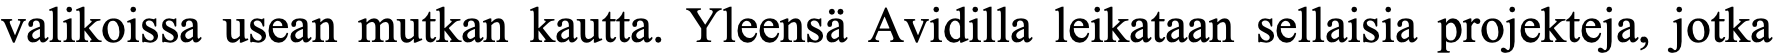
valikoissa usean mutkan kautta. Yleensä Avidilla leikataan sellaisia projekteja, jotka